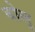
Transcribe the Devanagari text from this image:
बोलु